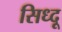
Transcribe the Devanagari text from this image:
सिध्दू